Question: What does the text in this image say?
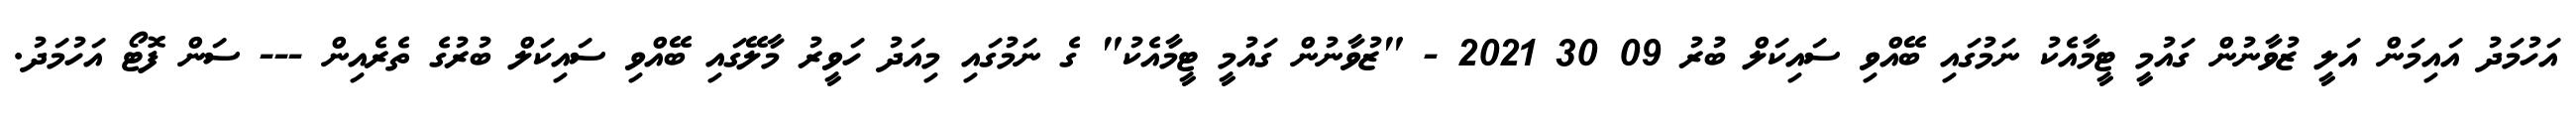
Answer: އަހުމަދު އައިމަން އަލީ ޒުވާނުން ގައުމީ ޓީމާއެކު ނަމުގައި ބޭއްވި ސައިކަލް ބުރު 09 30 2021 - "ޒުވާނުން ގައުމީ ޓީމާއެކު" ގެ ނަމުގައި މިއަދު ހަވީރު މާލޭގައި ބޭއްވި ސައިކަލް ބުރުގެ ތެރެއިން --- ސަން ފޮޓޯ އަހުމަދު.